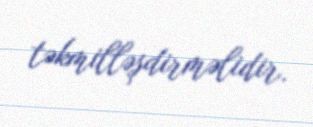
təkmilləşdirməlidir.